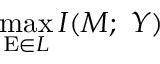
\operatorname* { m a x } _ { \mathrm { E } \in L } I ( M ; ~ Y )